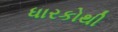
ધારકોથી